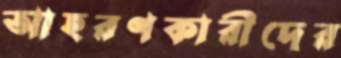
আহরণকারীদের